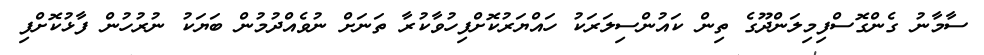
ސާމާނު ގެންގޮސްފިމިލަންދޫގެ ތިން ކައުންސިލަރަކު ހައްޔަރުކޮށްފިހުވާކުރާ ތަނަށް ނުވެއްދުމުން ބަޔަކު ނުރުހުން ފާޅުކޮށްފި